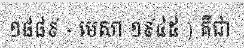
១៨៨៩ - មេសា ១៩៤៥ ) គឺជា